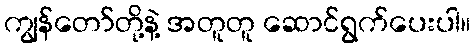
ကျွန်တော်တို့နဲ့ အတူတူ ဆောင်ရွက်ပေးပါ။